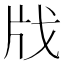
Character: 𢦤